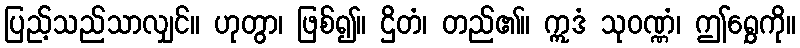
ပြည့်သည်သာလျှင်။ ဟုတွာ၊ ဖြစ်၍။ ဌိတံ၊ တည်၏။ ဣဒံ သုဝဏ္ဏံ၊ ဤရွှေကို။